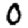
Digit: 0